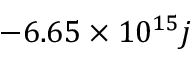
- 6 . 6 5 \times 1 0 ^ { 1 5 } j